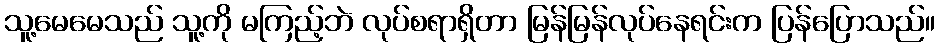
သူ့မေမေသည် သူ့ကို မကြည့်ဘဲ လုပ်စရာရှိတာ မြန်မြန်လုပ်နေရင်းက ပြန်ပြောသည်။